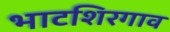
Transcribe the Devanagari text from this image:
भाटशिरगाव